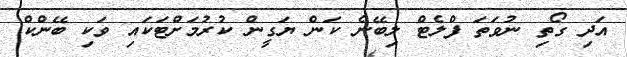
އަދި ގޯތި ނުވަތަ ފްލެޓް ލިބޭނެ ކަން ޔަގީން ކުރުމަށްޓަކައި ވަކި ބޭންކް